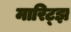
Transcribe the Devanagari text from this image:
मारिट्झ